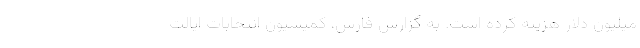
میلیون دلار هزینه کرده است. به گزارش فارس، کمیسیون انتخابات ایالت